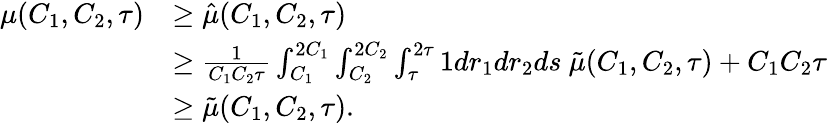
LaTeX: \begin{array}{rl}{\mu(C_{1},C_{2},\tau)}&{\geq\hat{\mu}(C_{1},C_{2},\tau)}\\ &{\geq\frac{1}{C_{1}C_{2}\tau}\int_{C_{1}}^{2C_{1}}\int_{C_{2}}^{2C_{2}}\int_{\tau}^{2\tau}1dr_{1}dr_{2}ds\ \tilde{\mu}(C_{1},C_{2},\tau)+C_{1}C_{2}\tau}\\ &{\geq\tilde{\mu}(C_{1},C_{2},\tau).}\end{array}